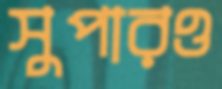
সুপারও